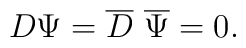
D\Psi={\overline D}~{\overline \Psi}=0.